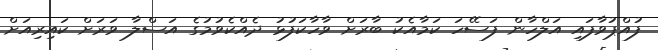
ފުއްޕުވާފައި އަލްހާން ފަސޭހަ ކަމާއެކު ބާރަށް ވާހާކަފުޅު ދެއްކެވުމުގެ އަސްލާ ވަރަށް ކައިރިއަށް